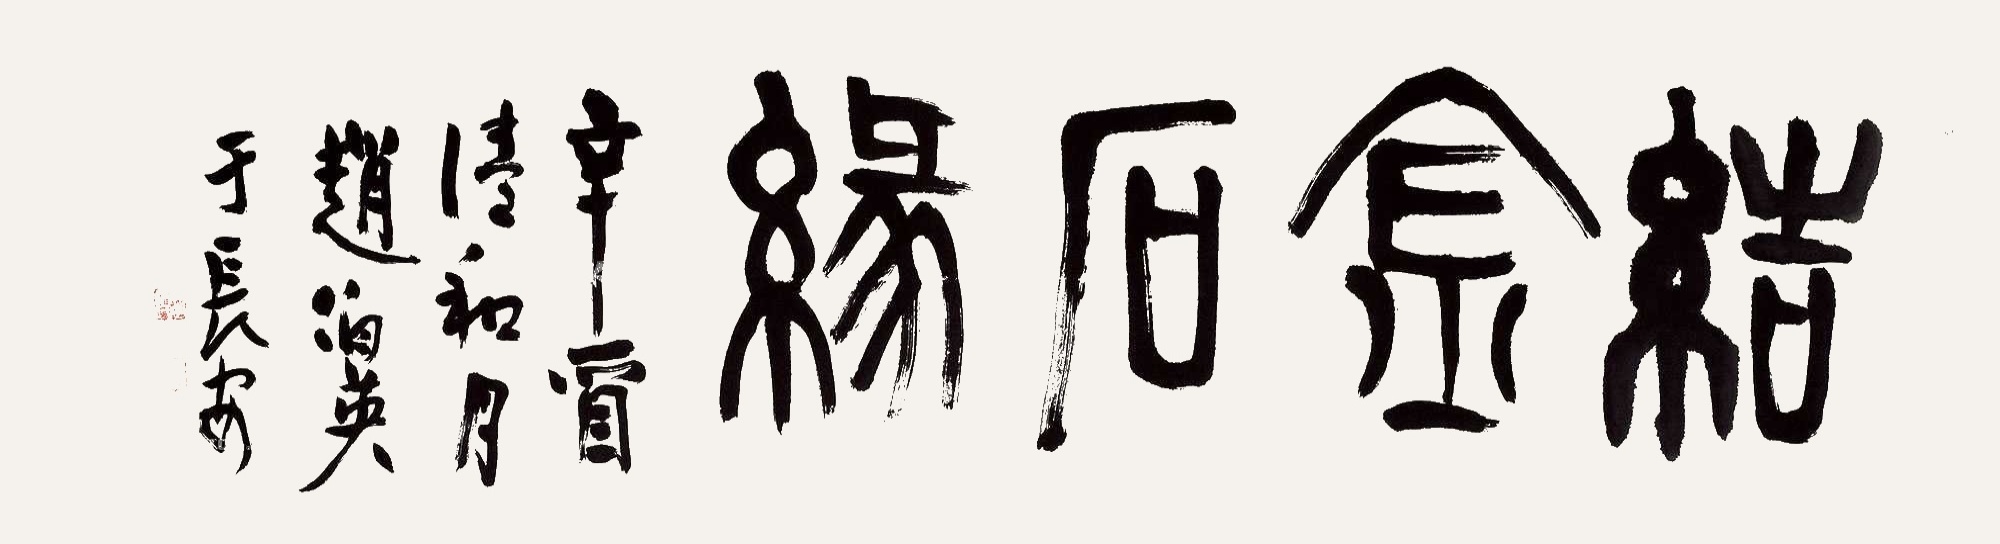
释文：结金石缘辛酉清和月赵伯英于长安